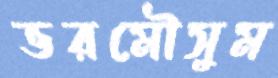
ভরমৌসুম